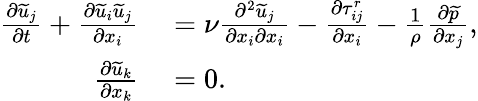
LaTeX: \begin{array}{rl}{\frac{\partial\widetilde{u}_{j}}{\partial t}+\frac{\partial\widetilde{u}_{i}\widetilde{u}_{j}}{\partial x_{i}}}&{{}=\nu\frac{\partial^{2}\widetilde{u}_{j}}{\partial x_{i}\partial x_{i}}-\frac{\partial\tau_{ij}^{r}}{\partial x_{i}}-\frac{1}{\rho}\frac{\partial\widetilde{p}}{\partial x_{j}},}\\ {\frac{\partial\widetilde{u}_{k}}{\partial x_{k}}}&{{}=0.}\end{array}